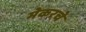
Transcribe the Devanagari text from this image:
मेकरचे